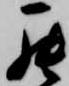
罷